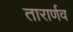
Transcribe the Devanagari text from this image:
तारार्णव